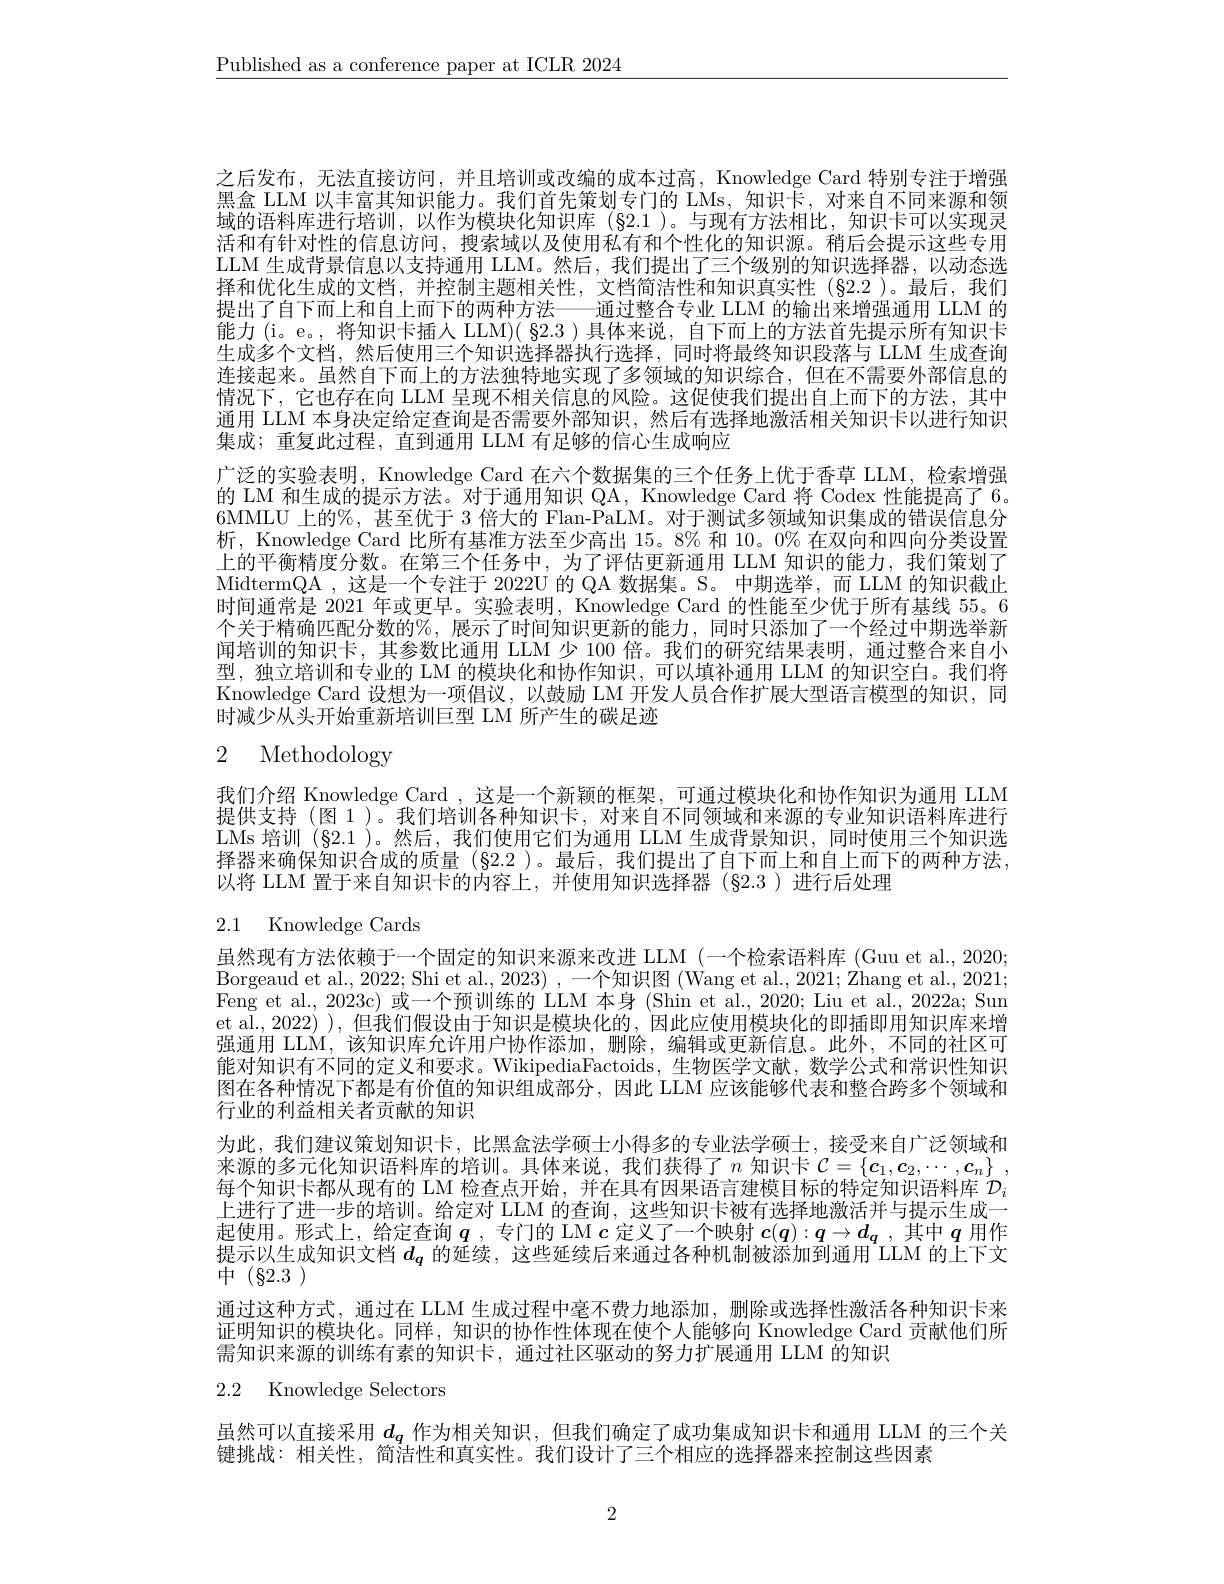
$\underline{\text{Published as a conference paper at ICLR 2024}}$

之后发布，无法直接访问，并且培训或改编的成本过高，Knowledge Card 特别专注于增强黑盒 LLM 以丰富其知识能力。我们首先策划专门的 LMs, 知识卡，对来自不同来源和领域的语料库进行培训，以作为模块化知识库(§2.1)。与现有方法相比，知识卡可以实现灵活和有针对性的信息访问，搜索域以及使用私有和个性化的知识源。稍后会提示这些专用LLM 生成背景信息以支持通用 LLM。然后，我们提出了三个级别的知识选择器，以动态选择和优化生成的文档，并控制主题相关性，文档简洁性和知识真实性(§2.2)。最后，我们提出了自下而上和自上而下的两种方法——通过整合专业 LLM 的输出来增强通用 LLM 的能力(i。e。,将知识卡插人 LLM)( §2.3 )具体来说，自下而上的方法首先提示所有知识卡生成多个文档，然后使用三个知识选择器执行选择，同时将最终知识段落与 LLM 生成查询连接起来。虽然自下而上的方法独特地实现了多领域的知识综合，但在不需要外部信息的情况下，它也存在向 LLM 呈现不相关信息的风险。这促使我们提出自上而下的方法，其中通用 LLM 本身决定给定查询是否需要外部知识，然后有选择地激活相关知识卡以进行知识集成；重复此过程，直到通用 LLM 有足够的信心生成响应
广泛的实验表明，Knowledge Card 在六个数据集的三个任务上优于香草 LLM, 检索增强的 LM 和生成的提示方法。对于通用知识 QA, Knowledge Card 将 Codex 性能提高了 6。6MMLU 上的%, 甚至优于 3 倍大的 Flan-PaLM。对于测试多领域知识集成的错误信息分析，Knowledge Card 比所有基准方法至少高出15。8% 和10。0% 在双向和四向分类设置上的平衡精度分数。在第三个任务中，为了评估更新通用 LLM 知识的能力，我们策划了MidtermQA ,这是一个专注于 2022U 的 QA 数据集。S。中期选举，而 LLM 的知识截止时间通常是 2021 年或更早。实验表明，Knowledge Card 的性能至少优于所有基线 55。6个关于精确匹配分数的%,展示了时间知识更新的能力，同时只添加了一个经过中期选举新闻培训的知识卡，其参数比通用 LLM 少 100 倍。我们的研究结果表明，通过整合来自小型，独立培训和专业的 LM 的模块化和协作知识，可以填补通用 LLM 的知识空白。我们将Knowledge Card 设想为一项倡议，以鼓励 LM 开发人员合作扩展大型语言模型的知识，同时减少从头开始重新培训巨型 LM 所产生的碳足迹
2 Methodology

我们介绍 Knowledge Card ,这是一个新颖的框架，可通过模块化和协作知识为通用 LLM 提供支持 (图 1 )。我们培训各种知识卡，对来自不同领域和来源的专业知识语料库进行LMs 培训 (§2.1 )。然后，我们使用它们为通用 LLM 生成背景知识，同时使用三个知识选择器来确保知识合成的质量(§2.2 )。最后，我们提出了自下而上和自上而下的两种方法， 以将 LLM 置于来自知识卡的内容上，并使用知识选择器(§2.3)进行后处理

# 2.1 Knowledge Cards

虽然现有方法依赖于一个固定的知识来源来改进 LLM (一个检索语料库 (Guu et al., 2020; Borgeaud et al. , 2022; Shi et al. , 2023) , 一 个 知 识 图 ( Wang et al. , 2021; Zhang et al. , 2021; Borgeaud et al. , 2022; Shi et al. , 2023) , 一 个 知 识 图 ( Wang et al. , 2021; Zhang et al. , 2021; Feng et al., 2023c) 或一个预训练的 LLM 本身 (Shin et al., 2020; Liu et al., 2022a; Sun et al., 2022) ), 但我们假设由于知识是模块化的，因此应使用模块化的即插即用知识库来增强通用 LLM, 该知识库允许用户协作添加，删除，编辑或更新信息。此外，不同的社区可能对知识有不同的定义和要求。WikipediaFactoids,生物医学文献，数学公式和常识性知识图在各种情况下都是有价值的知识组成部分，因此 LLM 应该能够代表和整合跨多个领域和行业的利益相关者贡献的知识
为此，我们建议策划知识卡，比黑盒法学硕士小得多的专业法学硕士，接受来自广泛领域和来源的多元化知识语料库的培训。具体来说，我们获得了$n$ 知识卡 $\mathcal{C} = \{ \boldsymbol{c}_1, \boldsymbol{c}_2, \cdots , \boldsymbol{c}_n\}$ , 展个知识卡都从现有的 LM 检香吕丹始.并在具有因果语言律模目标的特定知识语料库$D$ 上进行了进一步的培训。给定对 LLM 的查询，这些知识卡被有选择地激活并与提示生成一起使用。形式上，给定查询$\boldsymbol q$ ,专门的 LM $c$定义了一个映射$c(q):q\to d_q$ ,其中$q$用作提示以生成知识文档$d_q$的延续，这些延续后来通过各种机制被添加到通用 LLM 的上下文中($\S2.3)$
通过这种方式，通过在 LLM 生成过程中毫不费力地添加 ,删除或选择性激活各种知识卡来证明知识的模块化。同样，知识的协作性体现在使个人能够向 Knowledge Card 贡献他们所需知识来源的训练有素的知识卡，通过社区驱动的努力扩展通用 LLM 的知识

2.2 Knowledge Selectors

虽然可以直接采用$d_q$作为相关知识，但我们确定了成功集成知识卡和通用 LLM 的三个关
键挑战：相关性，简洁性和真实性。我们设计了三个相应的选择器来控制这些因素

2